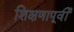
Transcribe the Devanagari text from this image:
शिक्षणापूर्वी